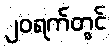
၂၀ရက်တွင်